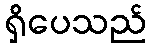
ရှိပေသည်